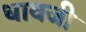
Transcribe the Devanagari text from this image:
धावजी